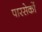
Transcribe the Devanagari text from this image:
पारसेकों